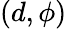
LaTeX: (d,\phi)